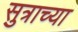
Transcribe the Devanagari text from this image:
सुत्राच्या